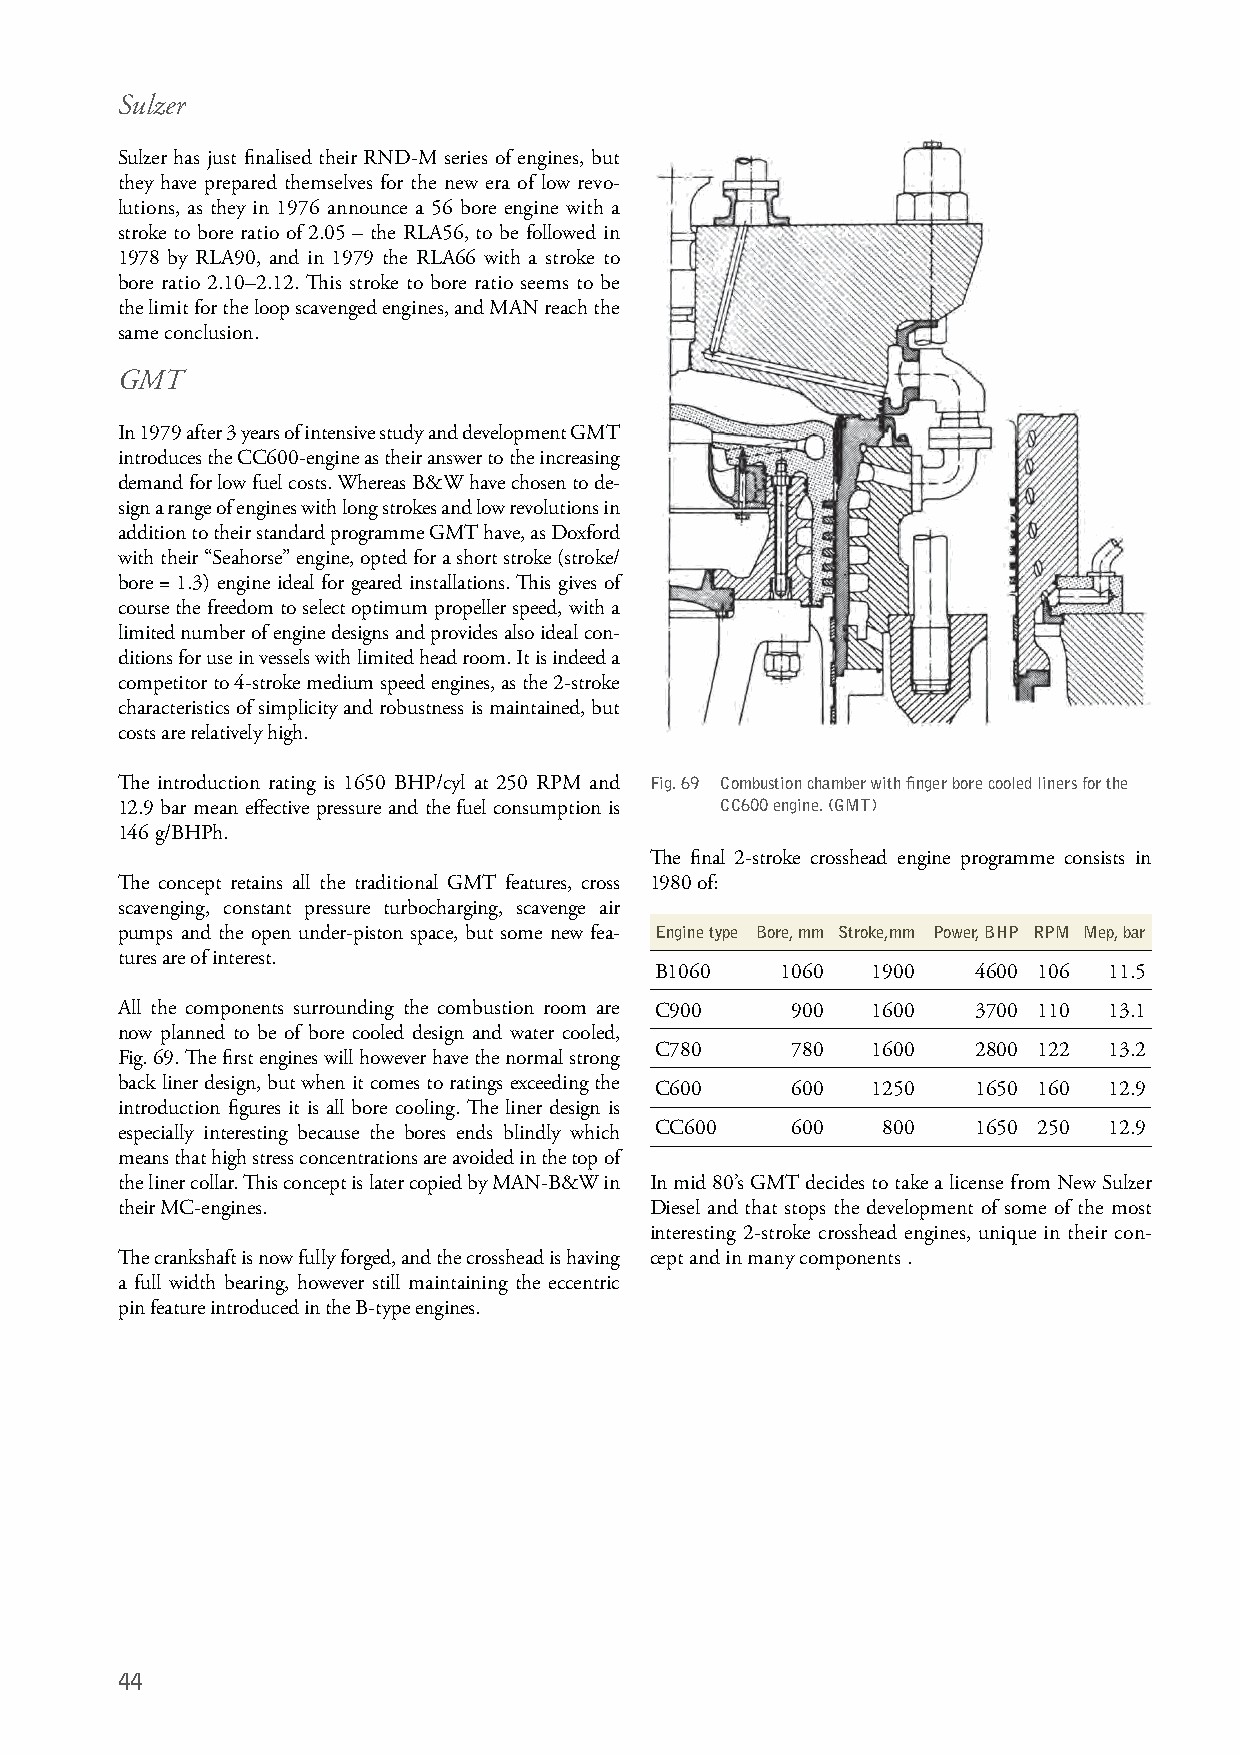
Sulzer
 Sulzer has just finalised their RND-M series of engines, but
 they have prepared themselves for the new era of low revo-
 lutions, as they in 1976 announce a 56 bore engine with a
 stroke to bore ratio of 2.05 – the RLA56, to be followed in
 1978 by RLA90, and in 1979 the RLA66 with a stroke to
 bore ratio 2.10–2.12. This stroke to bore ratio seems to be
 the limit for the loop scavenged engines, and MAN reach the
 same conclusion.
 GMT
 In 1979 after 3 years of intensive study and development GMT
 introduces the CC600-engine as their answer to the increasing
 demand for low fuel costs. Whereas B&W have chosen to de-
 sign a range of engines with long strokes and low revolutions in
 addition to their standard programme GMT have, as Doxford
 with their “Seahorse” engine, opted for a short stroke (stroke/
 bore = 1.3) engine ideal for geared installations. This gives of
 course the freedom to select optimum propeller speed, with a
 limited number of engine designs and provides also ideal con-
 ditions for use in vessels with limited head room. It is indeed a
 competitor to 4-stroke medium speed engines, as the 2-stroke
 characteristics of simplicity and robustness is maintained, but
 costs are relatively high.
 The introduction rating is 1650 BHP/cyl at 250 RPM and Fig. 69 Combustion chamber with finger bore cooled liners for the
 12.9 bar mean effective pressure and the fuel consumption is CC600 engine. (GMT)
 146 g/BHPh.
 The final 2-stroke crosshead engine programme consists in
 The concept retains all the traditional GMT features, cross 1980 of:
 scavenging, constant pressure turbocharging, scavenge air
 pumps and the open under-piston space, but some new fea- Engine type Bore, mm Stroke,mm Power, BHP RPM Mep, bar
 tures are of interest.
 B1060    1060  1900   4600 106 11.5
 All the components surrounding the combustion room are C900 900 1600 3700 110 13.1
 now planned to be of bore cooled design and water cooled,
 C780     780   1600   2800 122 13.2
 Fig. 69. The first engines will however have the normal strong
 back liner design, but when it comes to ratings exceeding the C600 600 1250 1650 160 12.9
 introduction figures it is all bore cooling. The liner design is
 especially interesting because the bores ends blindly which CC600 600 800 1650 250 12.9
 means that high stress concentrations are avoided in the top of
 the liner collar. This concept is later copied by MAN-B&W in In mid 80’s GMT decides to take a license from New Sulzer
 their MC-engines.                  Diesel and that stops the development of some of the most
 interesting 2-stroke crosshead engines, unique in their con-
 The crankshaft is now fully forged, and the crosshead is having cept and in many components .
 a full width bearing, however still maintaining the eccentric
 pin feature introduced in the B-type engines.
 44